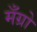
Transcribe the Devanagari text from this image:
मँग्रो